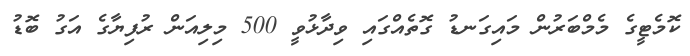
ކޮމެޓީގެ މެމްބަރުން މައިގަނޑު ގޮތެއްގައި ވިދާޅުވީ 500 މިލިއަން ރުފިޔާގެ އަގު ބޮޑު